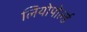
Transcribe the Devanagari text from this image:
लियोपोर्ल्ड